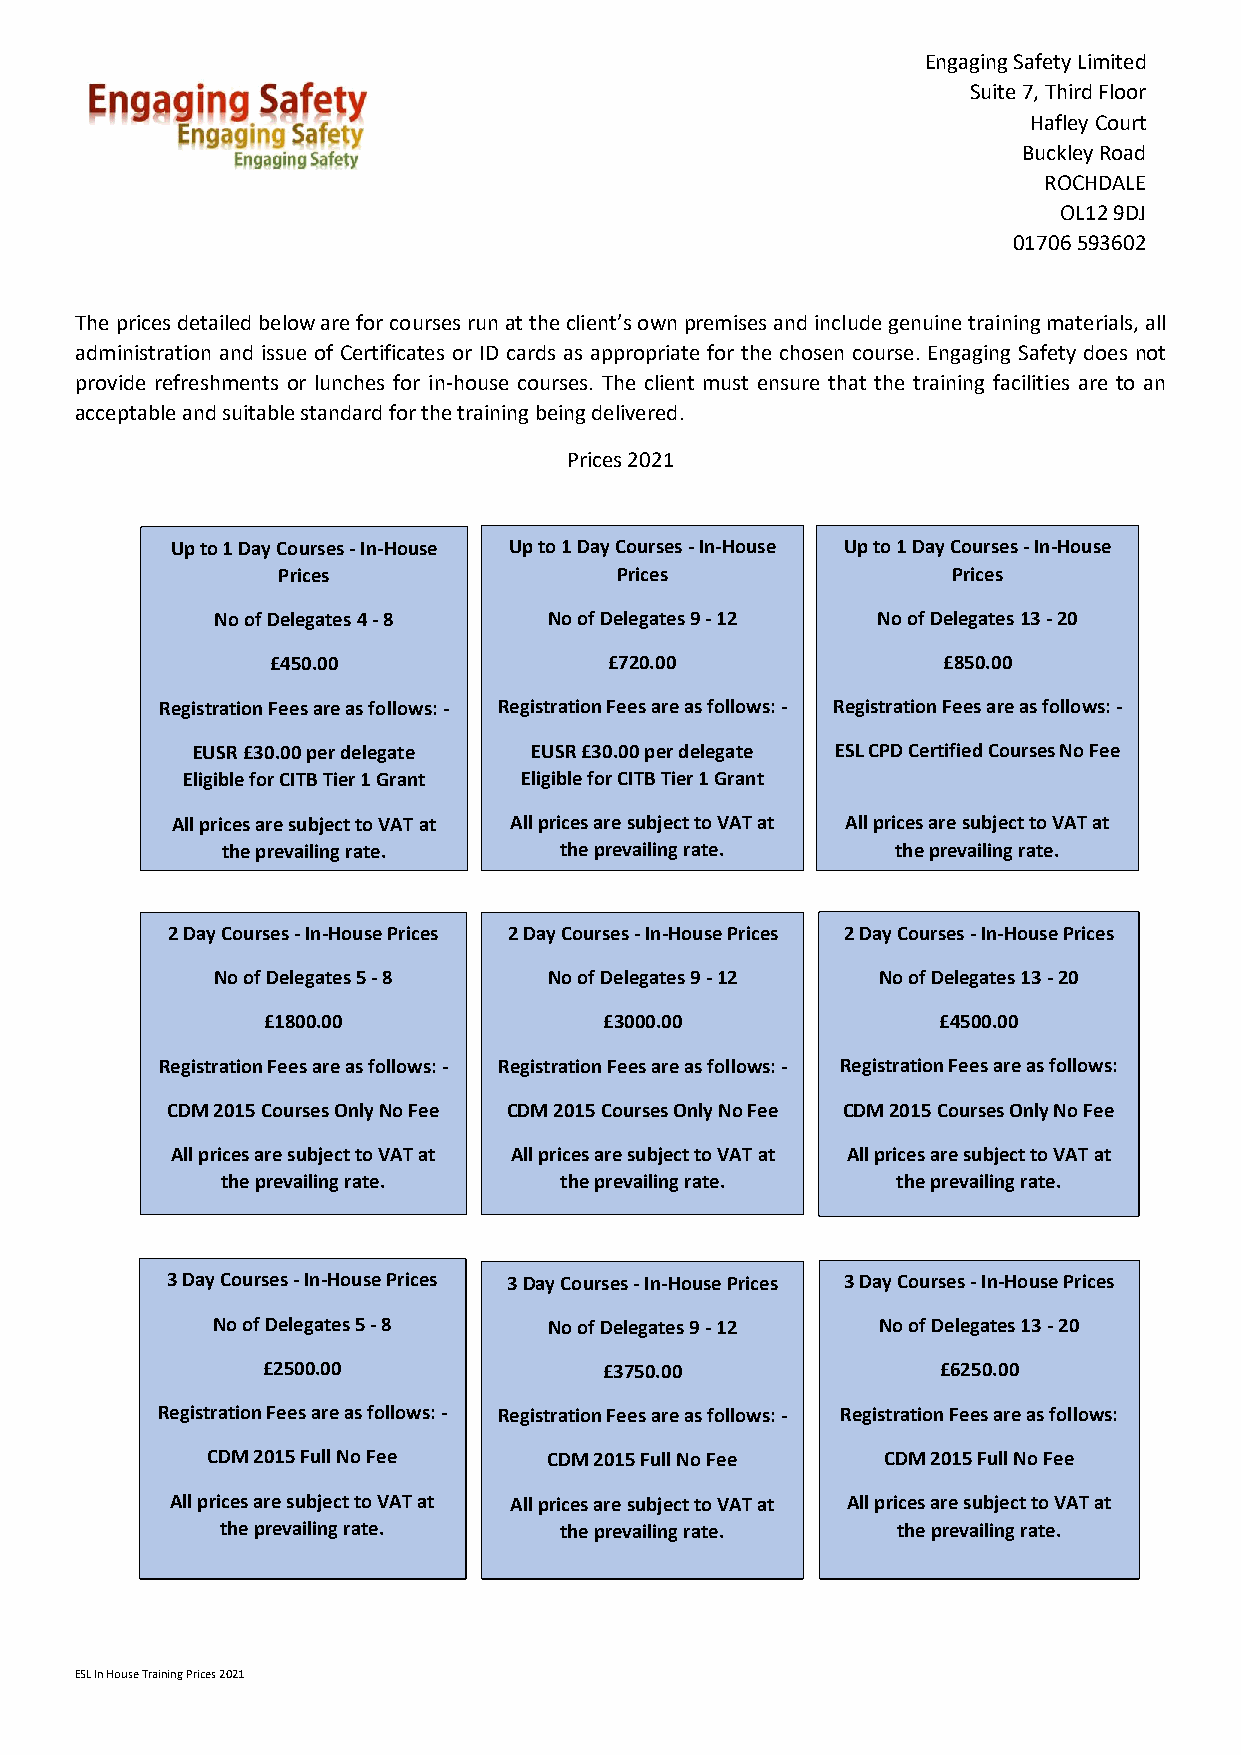
Engaging Safety Limited
 Suite 7, Third Floor
 Hafley Court
 Buckley Road
 ROCHDALE
 OL12 9DJ
 01706 593602
 The prices detailed below are for courses run at the client’s own premises and include genuine training materials, all
 administration and issue of Certificates or ID cards as appropriate for the chosen course. Engaging Safety does not
 provide refreshments or lunches for in-house courses. The client must ensure that the training facilities are to an
 acceptable and suitable standard for the training being delivered.
 Prices 2021
 Up to 1 Day Courses - In-House Up to 1 Day Courses - In-House Up to 1 Day Courses - In-House
 Prices                 Prices                Prices
 No of Delegates 4 - 8 No of Delegates 9 - 12 No of Delegates 13 - 20
 £450.00               £720.00               £850.00
 Registration Fees are as follows: - Registration Fees are as follows: - Registration Fees are as follows: -
 EUSR £30.00 per delegate EUSR £30.00 per delegate ESL CPD Certified Courses No Fee
 Eligible for CITB Tier 1 Grant Eligible for CITB Tier 1 Grant
 All prices are subject to VAT at All prices are subject to VAT at All prices are subject to VAT at
 the prevailing rate.  the prevailing rate.  the prevailing rate.
 2 Day Courses - In-House Prices 2 Day Courses - In-House Prices 2 Day Courses - In-House Prices
 No of Delegates 5 - 8 No of Delegates 9 - 12 No of Delegates 13 - 20
 £1800.00               £3000.00              £4500.00
 Registration Fees are as follows: - Registration Fees are as follows: - Registration Fees are as follows:
 CDM 2015 Courses Only No Fee CDM 2015 Courses Only No Fee CDM 2015 Courses Only No Fee
 All prices are subject to VAT at All prices are subject to VAT at All prices are subject to VAT at
 the prevailing rate.  the prevailing rate.  the prevailing rate.
 3 Day Courses - In-House Prices 3 Day Courses - In-House Prices 3 Day Courses - In-House Prices
 No of Delegates 5 - 8 No of Delegates 9 - 12 No of Delegates 13 - 20
 £2500.00               £3750.00              £6250.00
 Registration Fees are as follows: - Registration Fees are as follows: - Registration Fees are as follows:
 CDM 2015 Full No Fee  CDM 2015 Full No Fee   CDM 2015 Full No Fee
 All prices are subject to VAT at All prices are subject to VAT at All prices are subject to VAT at
 the prevailing rate.  the prevailing rate.  the prevailing rate.
 ESL In House Training Prices 2021